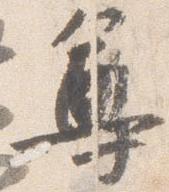
尊